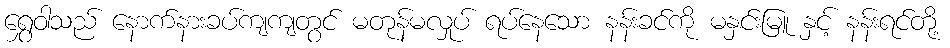
ရွှေဝါသည် နောက်နားခပ်ကျကျတွင် မတုန်မလှုပ် ရပ်နေသော နန်းခင်ကို မနှင်းမြူ နှင့် နန်းရင်တို့